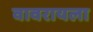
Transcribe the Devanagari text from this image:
वावरायला